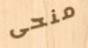
منحى